画像に写った文字を読んでください
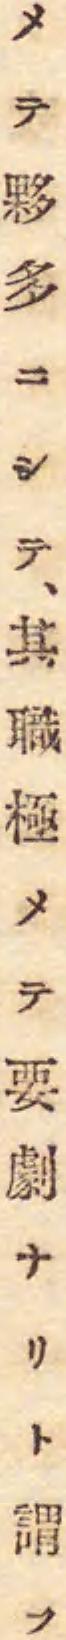
「メテ夥多ニシテ、其職極メテ要劇ナリト謂フ」と書いてあります